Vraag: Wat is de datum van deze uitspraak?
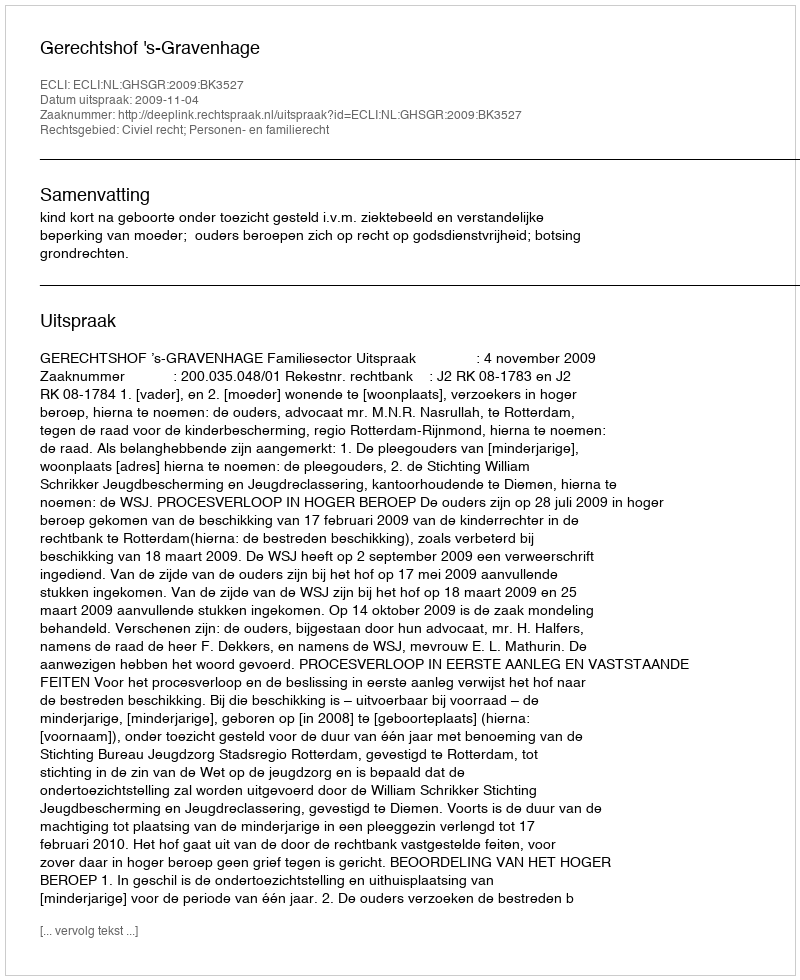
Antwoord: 2009-11-04